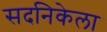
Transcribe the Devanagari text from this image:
सदनिकेला